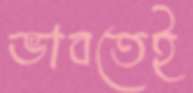
ভাবতেই